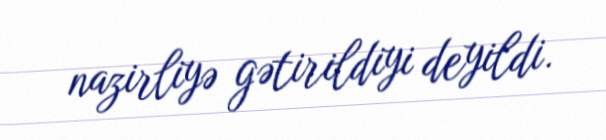
nazirliyə gətirildiyi deyildi.